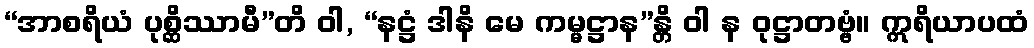
“အာစရိယံ ပုစ္ဆိဿာမီ”တိ ဝါ, “နဋ္ဌံ ဒါနိ မေ ကမ္မဋ္ဌာန”န္တိ ဝါ န ဝုဋ္ဌာတဗ္ဗံ။ ဣရိယာပထံ